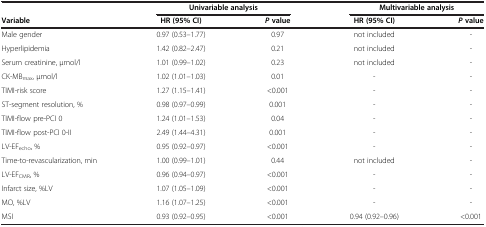
|  | <COLSPAN=2> Univariable analysis | <COLSPAN=2> Multivariable analysis |
 | Variable | HR (95% CI) | P value | HR (95% CI) | P value |
 | --- | --- | --- | --- | --- |
 | Male gender | 0.97 (0.53–1.77) | 0.97 | not included | - |
 | Hyperlipidemia | 1.42 (0.82–2.47) | 0.21 | not included | - |
 | Serum creatinine, μmol/l | 1.01 (0.99–1.02) | 0.23 | not included | - |
 | CK-MBmax, μmol/l | 1.02 (1.01–1.03) | 0.01 | - | - |
 | TIMI-risk score | 1.27 (1.15–1.41) | <0.001 | - | - |
 | ST-segment resolution, % | 0.98 (0.97–0.99) | 0.001 | - | - |
 | TIMI-flow pre-PCI 0 | 1.24 (1.01–1.53) | 0.04 | - | - |
 | TIMI-flow post-PCI 0-II | 2.49 (1.44–4.31) | 0.001 | - | - |
 | LV-EFecho, % | 0.95 (0.92–0.97) | <0.001 | - | - |
 | Time-to-revascularization, min | 1.00 (0.99–1.01) | 0.44 | not included | - |
 | LV-EFCMR, % | 0.96 (0.94–0.97) | <0.001 | - | - |
 | Infarct size, %LV | 1.07 (1.05–1.09) | <0.001 | - | - |
 | MO, %LV | 1.16 (1.07–1.25) | <0.001 | - | - |
 | MSI | 0.93 (0.92–0.95) | <0.001 | 0.94 (0.92–0.96) | <0.001 |